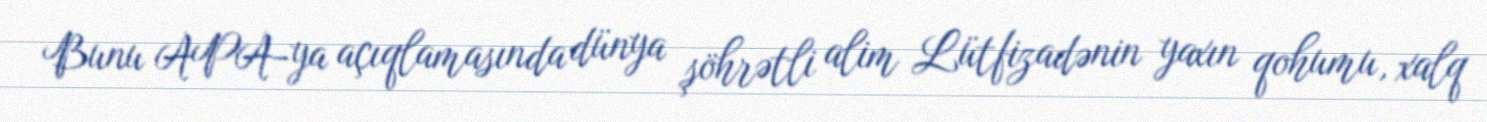
Bunu APA-ya açıqlamasında dünya şöhrətli alim Lütfizadənin yaxın qohumu, xalq